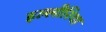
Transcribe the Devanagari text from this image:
इल्लीरिया